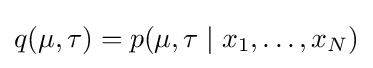
q(\mu ,\tau )=p(\mu ,\tau \mid x_{1},\ldots ,x_{N})